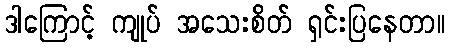
ဒါကြောင့် ကျုပ် အသေးစိတ် ရှင်းပြနေတာ။